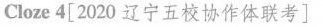
Cloze 4[ 2020 辽宁五校协作体联考]